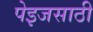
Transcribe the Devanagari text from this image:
पेइजसाठी